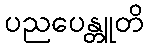
ပညပေန္တူတိ